Annual statistical returns and brief notes on vaccination in Bengal - 1896-1909
Year: 1896
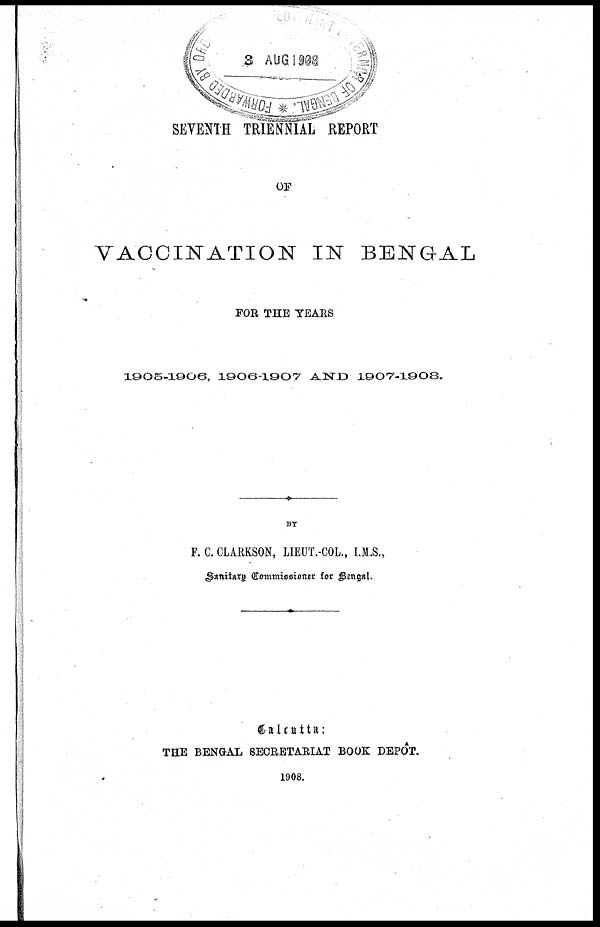
SEVENTH TRIENNIAL REPORT
OF
VACCINATION IN BENGAL
FOR THE YEARS
1905-1906, 1906-1907 AND 1907-1908.
BY
F. C. CLARKSON, LIEUT.-COL., I.M.S.,
Sanitary Commissioner for Bengal.
Calcutta:
THE BENGAL SECRETARIAT BOOK DEPÔT.
1908.